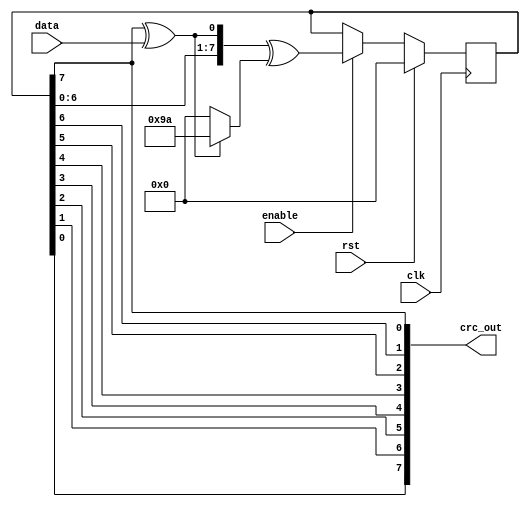
//************************************************************************
//
// A parameterizable CRC generator
//
// Copyright (C) 2023 John Winans
//
//    This program is free software: you can redistribute it and/or modify
//    it under the terms of the GNU General Public License as published by
//    the Free Software Foundation, either version 3 of the License, or
//    (at your option) any later version.
//
//    This program is distributed in the hope that it will be useful,
//    but WITHOUT ANY WARRANTY; without even the implied warranty of
//    MERCHANTABILITY or FITNESS FOR A PARTICULAR PURPOSE.  See the
//    GNU General Public License for more details.
//
//    You should have received a copy of the GNU General Public License
//    along with this program.  If not, see <https://www.gnu.org/licenses/>.
//
// See: https://github.com/johnwinans/crc8
//
//************************************************************************

/**
* @note Since this is a bit-serial implementation, there is no option at 
* this level to reflect the input bits.  (Input reflection normally 
* represents the natural order of the data arrival.)
***************************************************************************/
module crc 
#(
    // default settings for crc8_wcdma
    parameter   BITS    = 8,            ///< How many bits wide is the CRC
    parameter   POLY    = 8'h9B,        ///< The CRC polynomial
    parameter   INIT    = 8'h00,        ///< the initial value of the CRC
    parameter   XOR_OUT = 8'h00,        ///< XOR the result
    parameter   REF_OUT = 1             ///< reverse the bit order of the CRC
)
(
    input wire clk,                     ///< accept a new bit on rising edge
    input wire rst,                     ///< sync reset when true and clk rising edge
    input wire data,                    ///< message data bits
    input wire enable,                  ///< accept data when high & clk rising
    output wire [7:0] crc_out           ///< the running value of calculated crc
);

    reg [BITS-1:0] crc_reg;

    wire xdi = crc_reg[BITS-1]^data;
    wire [BITS-1:0] poly_reg = {POLY[BITS-1:1],1'b0};   // turn off the low bit

    always @(posedge clk) begin
        if (rst) begin
            crc_reg <= INIT;
        end else if (enable) begin
            crc_reg <= {crc_reg[6:0], xdi} ^ (xdi ? poly_reg : 0);
        end
    end

    // reflect the output value & XOR the result... or not
    genvar j;
    generate for(j=0; j<BITS; j=j+1) 
        assign crc_out[j] = (REF_OUT ? crc_reg[BITS-1-j] : crc_reg[j]) ^ XOR_OUT[j]; 
    endgenerate

endmodule